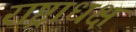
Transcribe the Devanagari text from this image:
राष्ट्राधक्ष